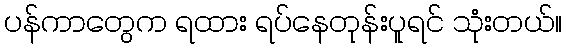
ပန်ကာတွေက ရထား ရပ်နေတုန်းပူရင် သုံးတယ်။